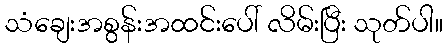
သံချေးအစွန်းအထင်းပေါ် လိမ်းပြီး သုတ်ပါ။